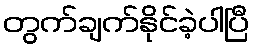
တွက်ချက်နိုင်ခဲ့ပါပြီ